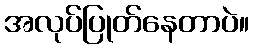
အလုပ်ပြုတ်နေတာပဲ။